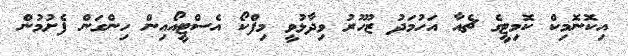
އިކޮނޮމިކް ކޮމިޓީގެ ޗެއާ އަހުމަދު ޒުހޫރު ވިދާޅުވީ މިފްކޯ އެސްޓީއޯއިން ހިންގަން ފެށުމުން